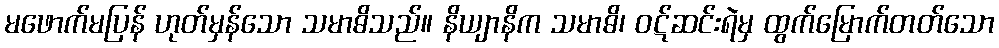
မဖောက်မပြန် ဟုတ်မှန်သော သမာဓိသည်။ နိယျာနိက သမာဓိ၊ ဝဋ်ဆင်းရဲမှ ထွက်မြောက်တတ်သော